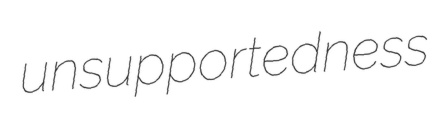
unsupportedness